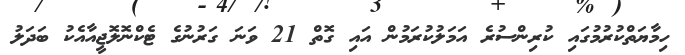
ހިމާޔަތްކުރުމުގައި ކުރިންސުރެ އަމަލުކުރަމުން އައި ގޮތް 21 ވަނަ ގަރުނުގެ ޓެކްނޮލޮޖީއާއެކު ބަދަލު